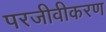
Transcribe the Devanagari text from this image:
परजीवीकरण